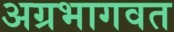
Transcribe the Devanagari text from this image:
अग्रभागवत